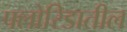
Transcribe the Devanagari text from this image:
फ्लोरिडातील